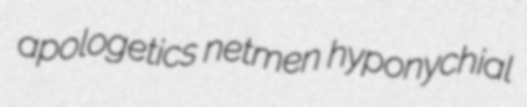
apologetics netmen hyponychial